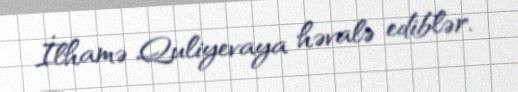
İlhamə Quliyevaya həvalə ediblər.